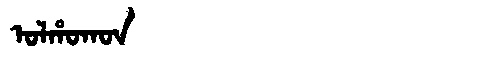
Manchu: ᠣᠯᡥᠣᡴᠣᠨ
Romanization: OLHOKON